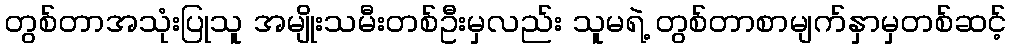
တွစ်တာအသုံးပြုသူ အမျိုးသမီးတစ်ဦးမှလည်း သူမရဲ့ တွစ်တာစာမျက်နှာမှတစ်ဆင့်